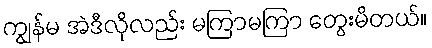
ကျွန်မ အဲဒီလိုလည်း မကြာမကြာ တွေးမိတယ်။